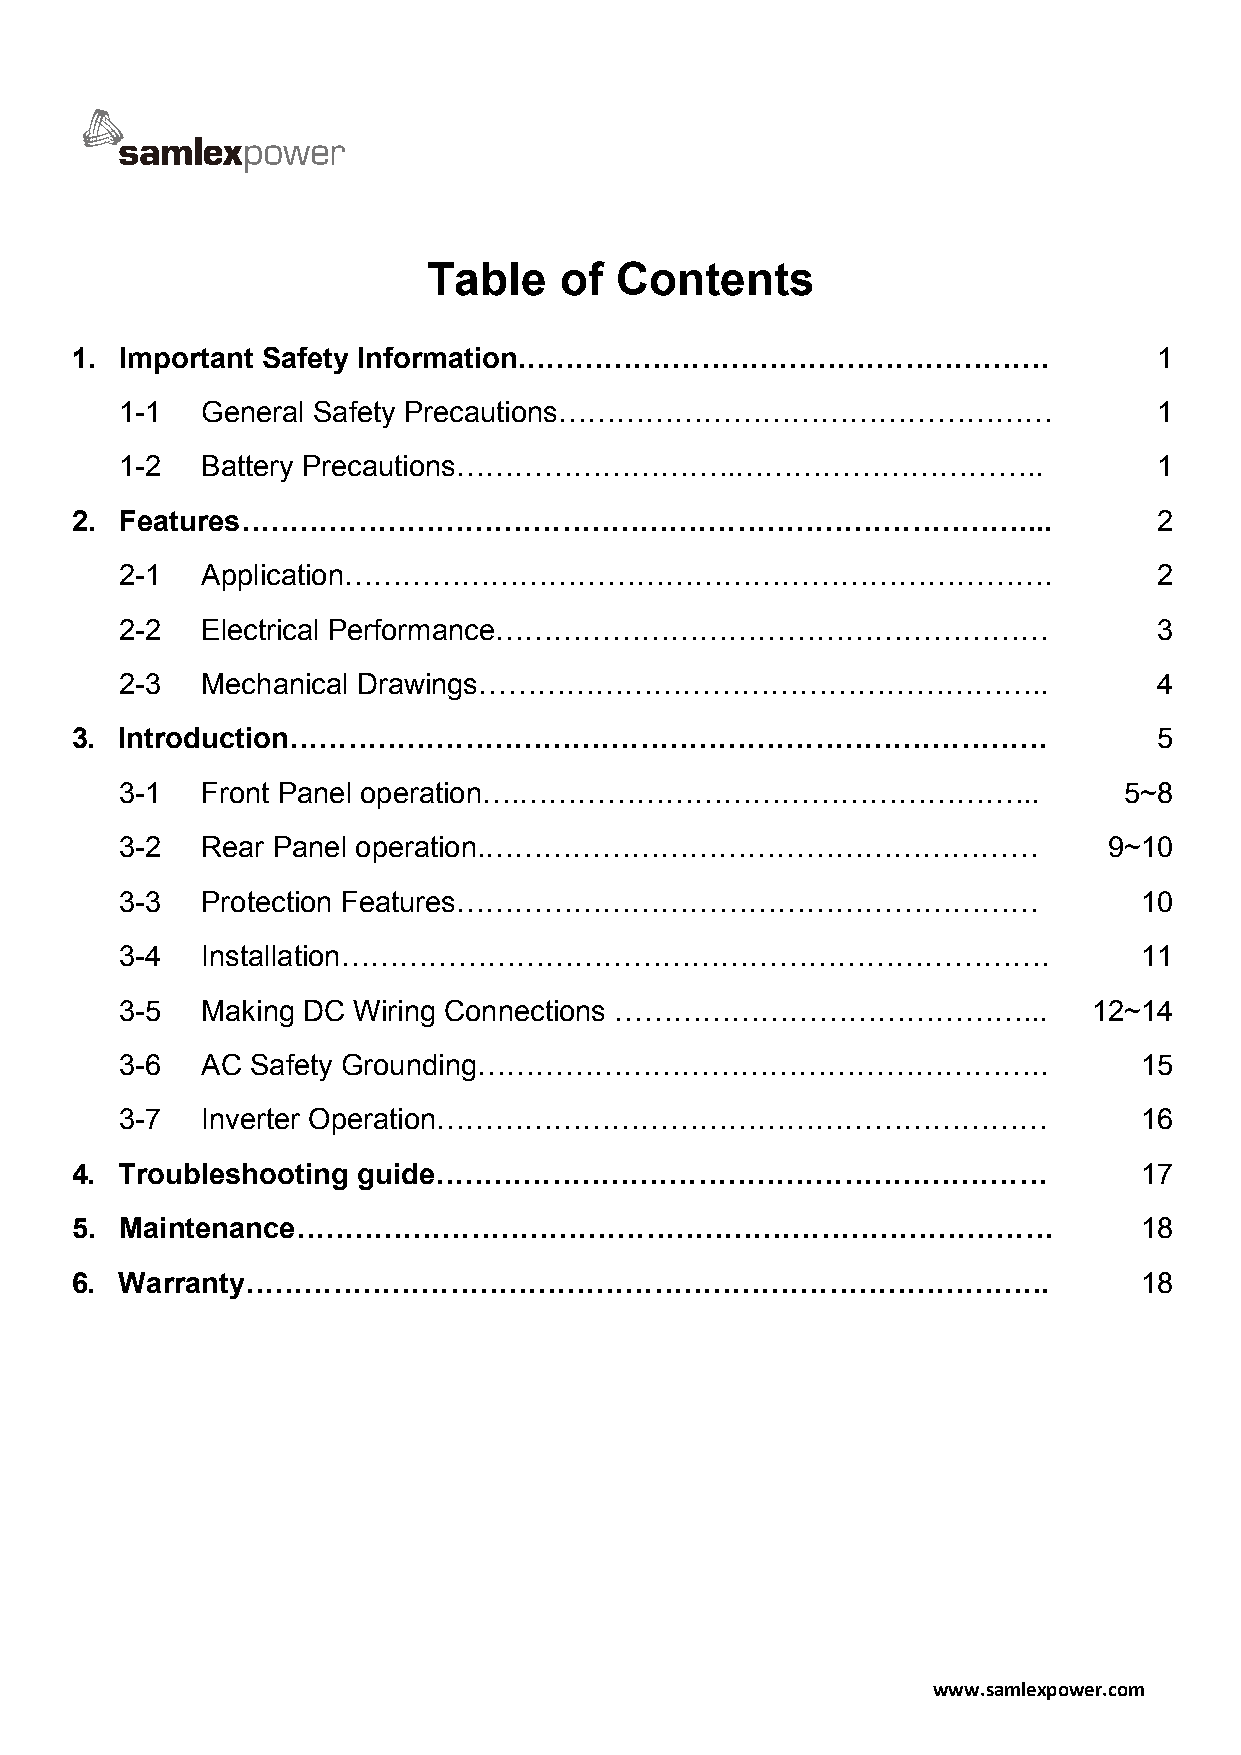
Table    of  Contents
 1. Important Safety Information.………………………………………………                      1
 1-1  General Safety Precautions……………………………………………                     1
 1-2  Battery Precautions………………………..…………………………..                      1
 2. Features………………………………………………………………………...                               2
 2-1  Application……………………………………………………………….                            2
 2-2  Electrical Performance…………………………………………………                       3
 2-3  Mechanical Drawings…………………………………………………..                        4
 3. Introduction……………………………………………………………………                               5
 3-1  Front Panel operation….……………………………………………...                  5~8
 3-2  Rear Panel operation.…………………………………………………                    9~10
 3-3  Protection Features……………………………………………………                       10
 3-4  Installation……………………………………………………………….                         11
 3-5  Making DC Wiring Connections ……………………………………...             12~14
 3-6  AC  Safety Grounding…………………………………………………..                     15
 3-7  Inverter Operation………………………………………………………                       16
 4. Troubleshooting guide………………………………………………………                         17
 5. Maintenance……………………………………………………………………                              18
 6. Warranty………………………………………………………………………..                              18
 www.samlexpower.com